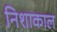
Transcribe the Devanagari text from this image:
निशाकाल